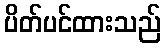
ပိတ်ပင်ထားသည်